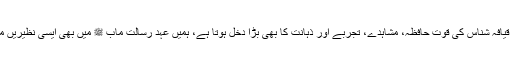
اس میں قیافہ شناس کی قوتِ حافظہ، مشاہدے، تجربے اور ذہانت کا بھی بڑا دخل ہوتا ہے، ہمیں عہدِ رسالت مآب ﷺ میں بھی ایسی نظیریں ملتی ہیں۔